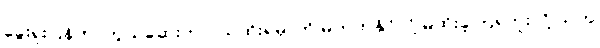
ခွေးရူးပြန်ကာကွယ်ဆေးက ဝယ်ထိုးရမှာကို မတတ်နိုင်လို့ မထိုးခဲ့ကြရဘူးလို့ သူက